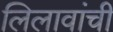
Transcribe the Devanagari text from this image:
लिलावांची